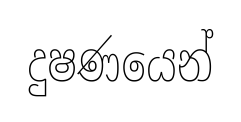
දුෂණයෙන්